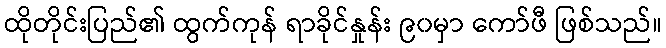
ထိုတိုင်းပြည်၏ ထွက်ကုန် ရာခိုင်နှုန်း ၉၀မှာ ကော်ဖီ ဖြစ်သည်။